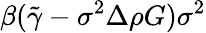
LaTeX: \beta(\tilde{\gamma}-\sigma^{2}\Delta\rho{G})\sigma^{2}